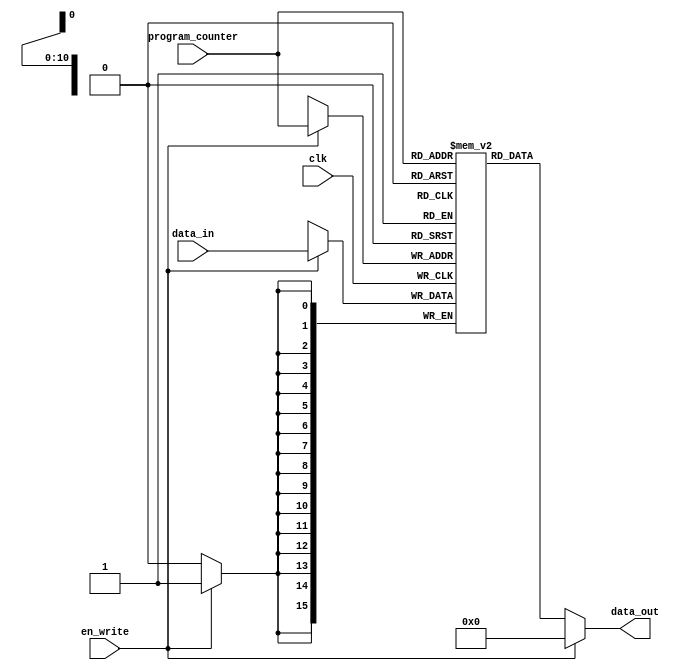
module InstrMem(
    input clk,
    input en_write,
    input [10:0] program_counter,
    input [15:0] data_in,
    output [15:0] data_out
);
    reg [15:0] memory [0:2047];

    always @(posedge clk) begin // using this we can write instructions into memory
        if(en_write)
            memory[program_counter] <= data_in;
    end

    // when not writing to the memory, it always outputs the instruction at the program counter
    assign data_out = (en_write) ? 0 : memory[program_counter];
endmodule